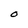
Character: 0